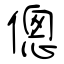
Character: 傯